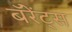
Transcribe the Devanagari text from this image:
बॅरेंट्‌स